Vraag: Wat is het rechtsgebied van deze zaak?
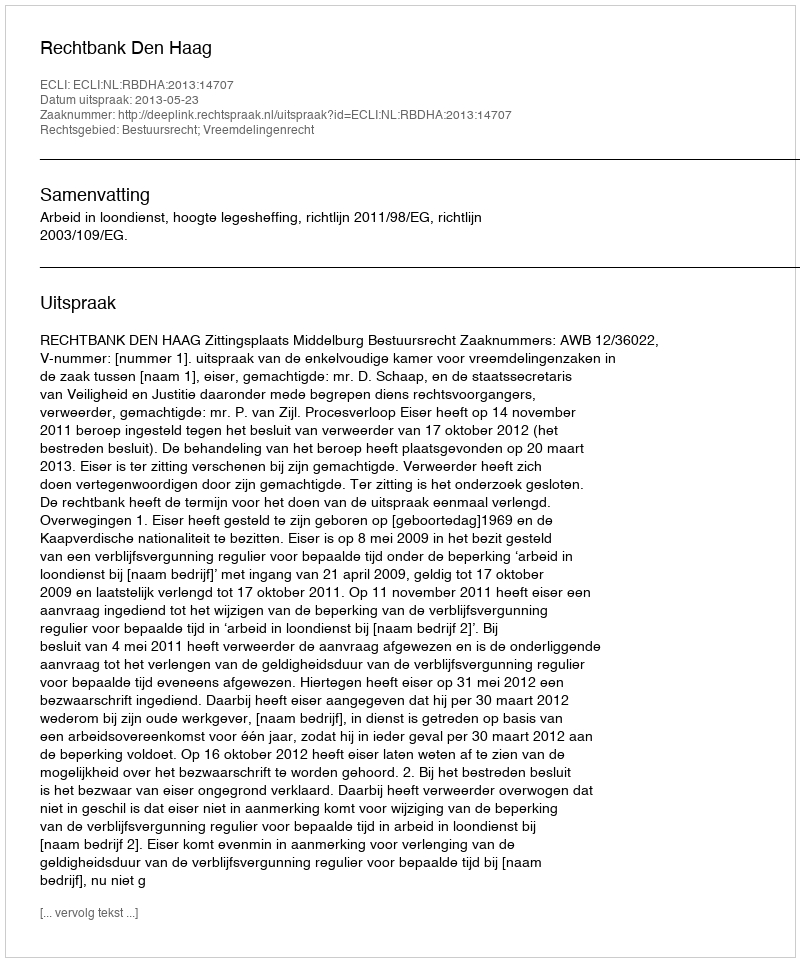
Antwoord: Bestuursrecht; Vreemdelingenrecht